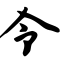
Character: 令